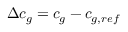
\Delta c _ { g } = c _ { g } - c _ { g , r e f }